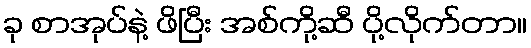
ခု စာအုပ်နဲ့ ဖိပြီး အစ်ကို့ဆီ ပို့လိုက်တာ။